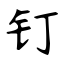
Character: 钉